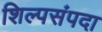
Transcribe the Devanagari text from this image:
शिल्पसंपदा